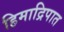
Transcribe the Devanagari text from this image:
हिमाद्रिपात